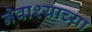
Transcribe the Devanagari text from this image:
नेवाश्याच्या